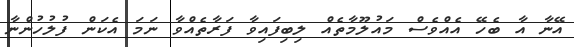
އޭނާ އާ ބެހޭ އެއްވެސް މައުލޫމާތެއް ލިބިފައިވާ ފަރާތެއްވާ ނަމަ އެކަން ފުލުހުންނާ